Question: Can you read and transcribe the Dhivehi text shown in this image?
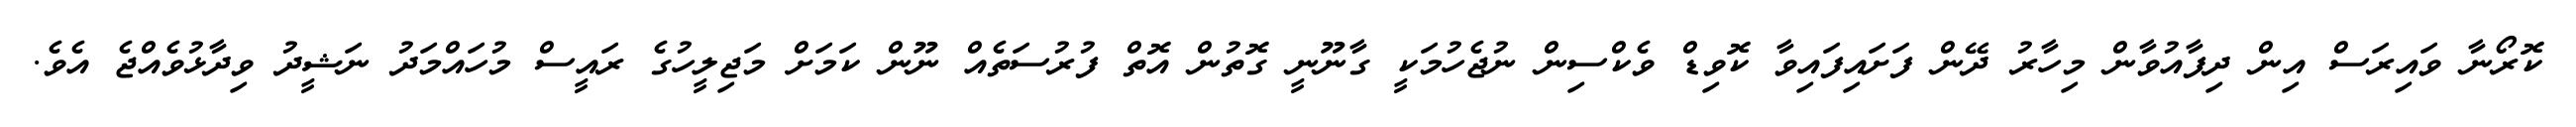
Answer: ކޮރޯނާ ވައިރަސް އިން ދިފާއުވާން މިހާރު ދޭން ފަށައިފައިވާ ކޮވިޑް ވެކްސިން ނުޖެހުމަކީ ގާނޫނީ ގޮތުން އޮތް ފުރުސަތެއް ނޫން ކަމަށް މަޖިލީހުގެ ރައީސް މުހައްމަދު ނަޝީދު ވިދާޅުވެއްޖެ އެވެ.